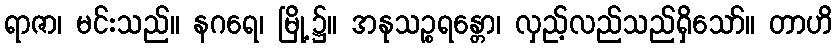
ရာဇာ၊ မင်းသည်။ နဂရေ၊ မြို့၌။ အနုသဉ္စရန္တော၊ လှည့်လည်သည်ရှိသော်။ တာဟိ